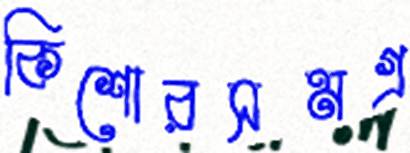
কিশোরসমগ্র